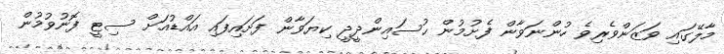
މާލޭގައި ވަޒަންވެރިވެ ހުންނަވާން ފެށުމުން ޙުސައިންދީދީ ކިޔަވާން ފަށައިފައި އައްޑުއަށް ސިޓީ ފޮނުވުމުން